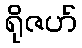
ရိုဇဟ်